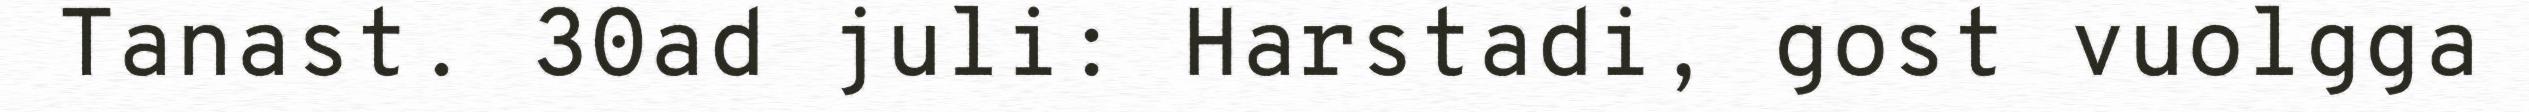
Tanast. 30ad juli: Harstadi, gost vuolgga